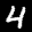
Label: 4